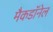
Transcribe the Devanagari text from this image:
मैकडाॅनेल